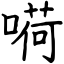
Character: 嗬